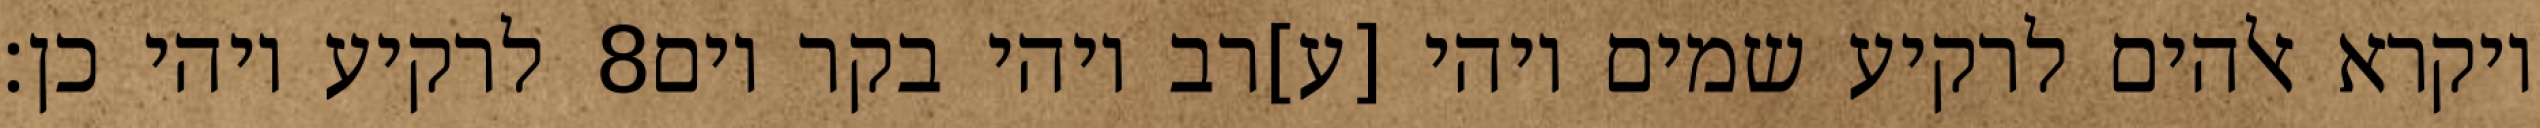
לרקיע ויהי כן׃ ‎8‏ ויקרא אלהים לרקיע שמים ויהי [ע]רב ויהי בקר יום